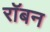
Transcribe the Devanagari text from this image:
रॉबन